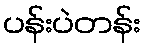
ပန်းပဲတန်း